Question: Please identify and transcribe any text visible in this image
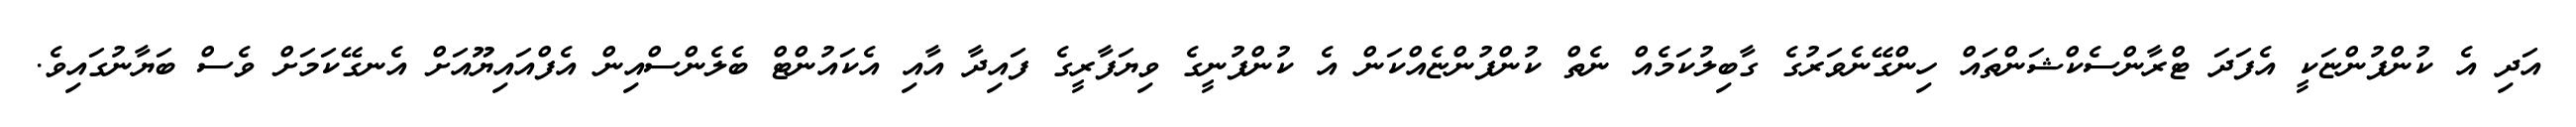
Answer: އަދި އެ ކުންފުންޏަކީ އެފަދަ ޓްރާންސެކްޝަންތައް ހިންގޭނެވަރުގެ ގާބިލުކަމެއް ނެތް ކުންފުންޏެއްކަން އެ ކުންފުނީގެ ވިޔަފާރީގެ ފައިދާ އާއި އެކައުންޓް ބެލެންސްއިން އެފްއައިޔޫއަށް އެނގޭކަމަށް ވެސް ބަޔާނުގައިވެ.